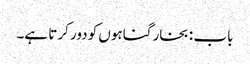
باب : بخار گناہوں کو دور کرتا ہے۔